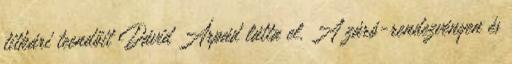
titkári teendőit Dávid Árpád látta el. A záró-rendezvényen és